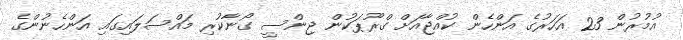
އުމުރުން 23 އަހަރުގެ އަންހެން ކުއްޖާއަށް ގްރޫޕަކުން ޖިންސީ ގޯނާކުރި މައްސަލައިގައި އަންހެނުންގެ